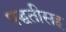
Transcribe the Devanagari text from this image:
पद्धतीसह